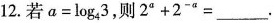
12.若$$a=\log _{4}3$$，则$$2^{a}+2^{-a}=___$$.